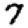
Digit: 7